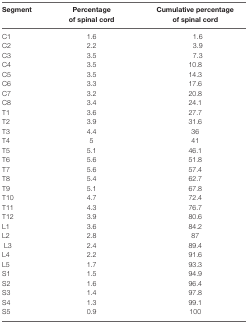
| Segment | Percentage of spinal cord | Cumulative percentage of spinal cord |
 | --- | --- | --- |
 | C1 | 1.6 | 1.6 |
 | C2 | 2.2 | 3.9 |
 | C3 | 3.5 | 7.3 |
 | C4 | 3.5 | 10.8 |
 | C5 | 3.5 | 14.3 |
 | C6 | 3.3 | 17.6 |
 | C7 | 3.2 | 20.8 |
 | C8 | 3.4 | 24.1 |
 | T1 | 3.6 | 27.7 |
 | T2 | 3.9 | 31.6 |
 | T3 | 4.4 | 36 |
 | T4 | 5 | 41 |
 | T5 | 5.1 | 46.1 |
 | T6 | 5.6 | 51.8 |
 | T7 | 5.6 | 57.4 |
 | T8 | 5.4 | 62.7 |
 | T9 | 5.1 | 67.8 |
 | T10 | 4.7 | 72.4 |
 | T11 | 4.3 | 76.7 |
 | T12 | 3.9 | 80.6 |
 | L1 | 3.6 | 84.2 |
 | L2 | 2.8 | 87 |
 | L3 | 2.4 | 89.4 |
 | L4 | 2.2 | 91.6 |
 | L5 | 1.7 | 93.3 |
 | S1 | 1.5 | 94.9 |
 | S2 | 1.6 | 96.4 |
 | S3 | 1.4 | 97.8 |
 | S4 | 1.3 | 99.1 |
 | S5 | 0.9 | 100 |